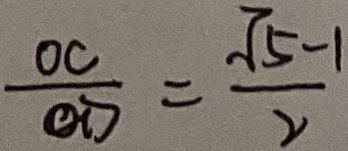
\frac { O C } { O D } = \frac { \sqrt { 5 } - 1 } { 2 }